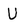
Character: U